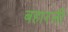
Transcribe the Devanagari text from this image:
बहारली